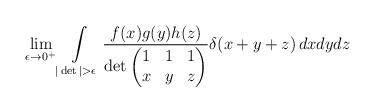
LaTeX: \begin{align*}\lim_{\epsilon\to 0^+} \int_{|\det| > \epsilon}\limits \frac{f(x)g(y)h(z)}{\det\begin{pmatrix}1 & 1 & 1\\ x & y & z \end{pmatrix}} \delta(x+y+z)\, dxdydz\end{align*}